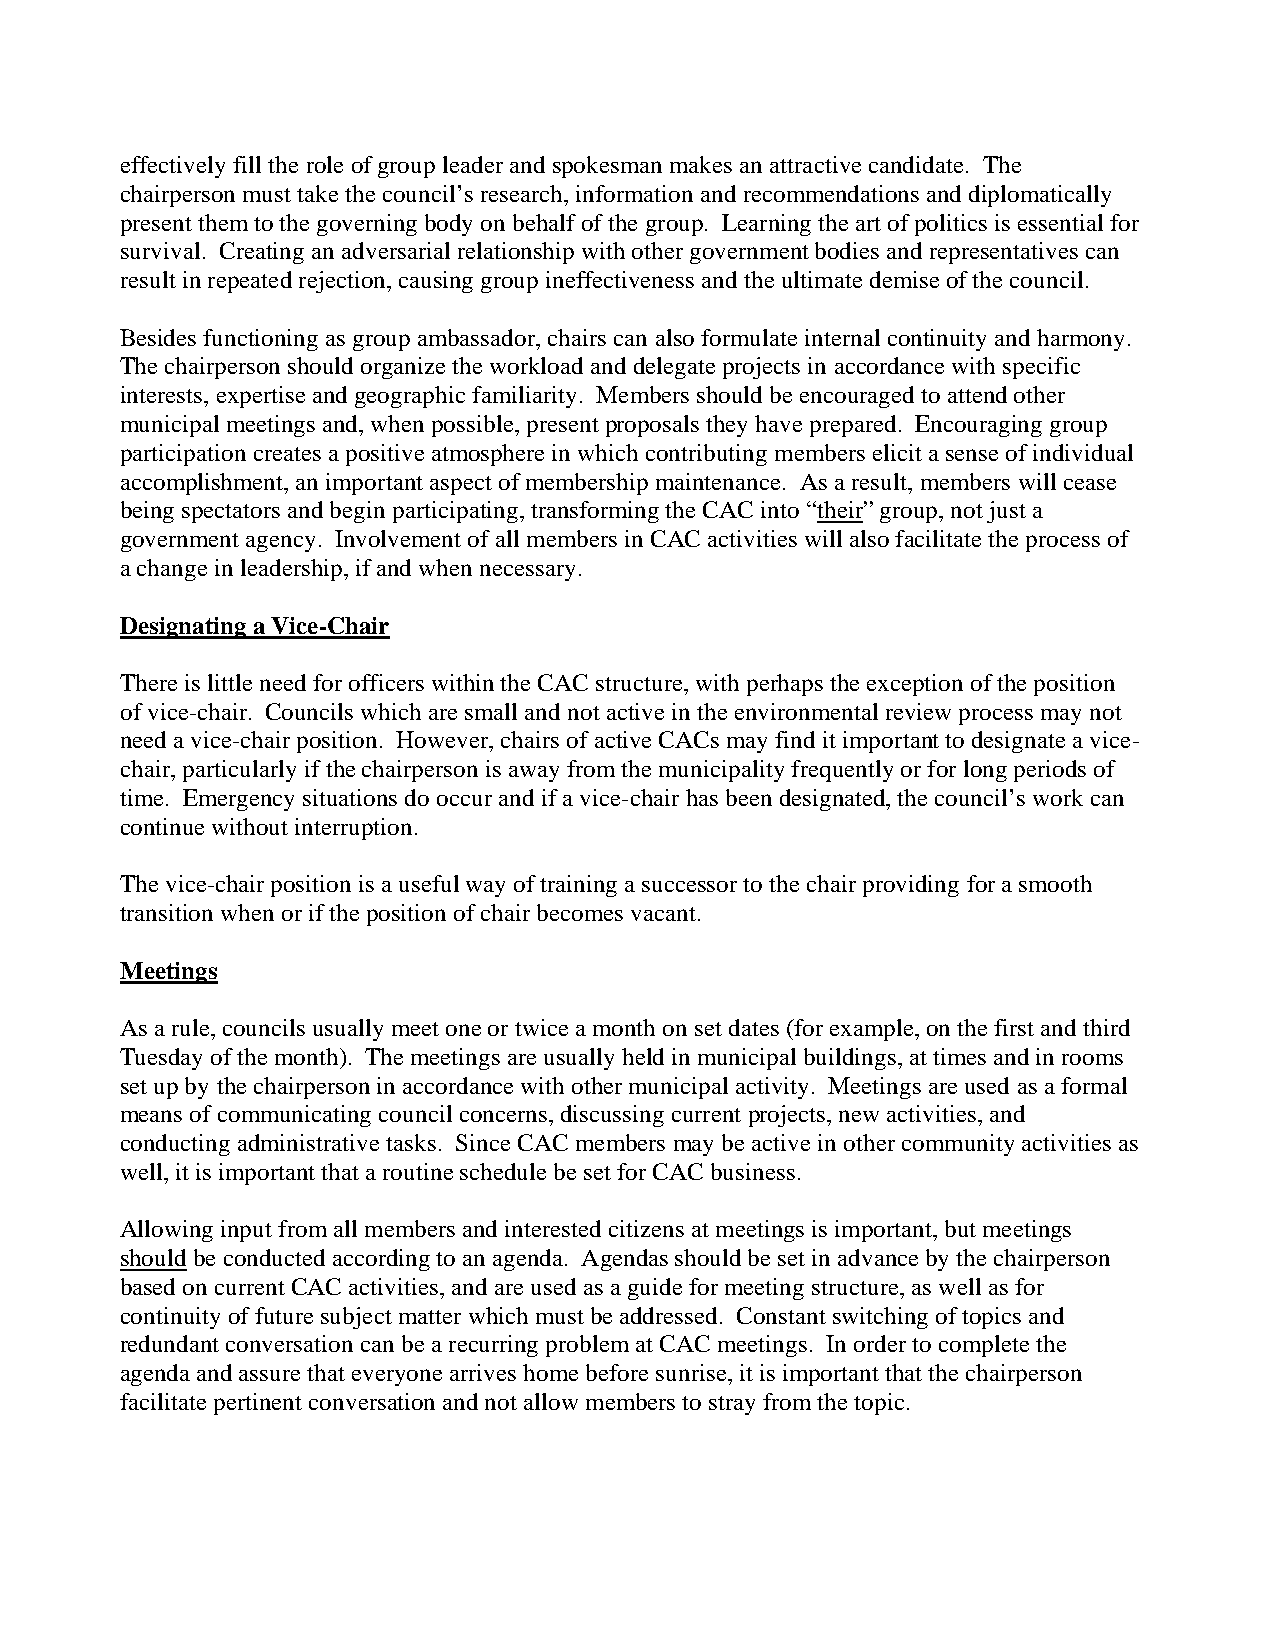
effectively fill the role of group leader and spokesman makes an attractive candidate. The
 chairperson must take the council’s research, information and recommendations and diplomatically
 present them to the governing body on behalf of the group. Learning the art of politics is essential for
 survival. Creating an adversarial relationship with other government bodies and representatives can
 result in repeated rejection, causing group ineffectiveness and the ultimate demise of the council.
 Besides functioning as group ambassador, chairs can also formulate internal continuity and harmony.
 The chairperson should organize the workload and delegate projects in accordance with specific
 interests, expertise and geographic familiarity. Members should be encouraged to attend other
 municipal meetings and, when possible, present proposals they have prepared. Encouraging group
 participation creates a positive atmosphere in which contributing members elicit a sense of individual
 accomplishment, an important aspect of membership maintenance. As a result, members will cease
 being spectators and begin participating, transforming the CAC into “their” group, not just a
 government agency. Involvement of all members in CAC activities will also facilitate the process of
 a change in leadership, if and when necessary.
 Designating a Vice-Chair
 There is little need for officers within the CAC structure, with perhaps the exception of the position
 of vice-chair. Councils which are small and not active in the environmental review process may not
 need a vice-chair position. However, chairs of active CACs may find it important to designate a vice-
 chair, particularly if the chairperson is away from the municipality frequently or for long periods of
 time. Emergency situations do occur and if a vice-chair has been designated, the council’s work can
 continue without interruption.
 The vice-chair position is a useful way of training a successor to the chair providing for a smooth
 transition when or if the position of chair becomes vacant.
 Meetings
 As a rule, councils usually meet one or twice a month on set dates (for example, on the first and third
 Tuesday of the month). The meetings are usually held in municipal buildings, at times and in rooms
 set up by the chairperson in accordance with other municipal activity. Meetings are used as a formal
 means of communicating council concerns, discussing current projects, new activities, and
 conducting administrative tasks. Since CAC members may be active in other community activities as
 well, it is important that a routine schedule be set for CAC business.
 Allowing input from all members and interested citizens at meetings is important, but meetings
 should be conducted according to an agenda. Agendas should be set in advance by the chairperson
 based on current CAC activities, and are used as a guide for meeting structure, as well as for
 continuity of future subject matter which must be addressed. Constant switching of topics and
 redundant conversation can be a recurring problem at CAC meetings. In order to complete the
 agenda and assure that everyone arrives home before sunrise, it is important that the chairperson
 facilitate pertinent conversation and not allow members to stray from the topic.